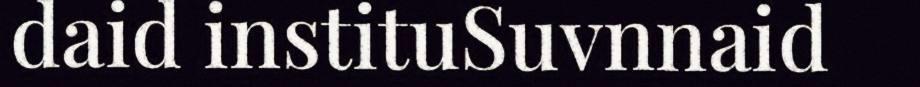
daid instituSuvnnaid